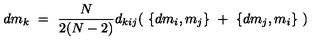
d m _ { k } \ = \ \frac { N } { 2 ( N - 2 ) } d _ { k i j } ( \ \{ d m _ { i } , m _ { j } \} \ + \ \{ d m _ { j } , m _ { i } \} \ )